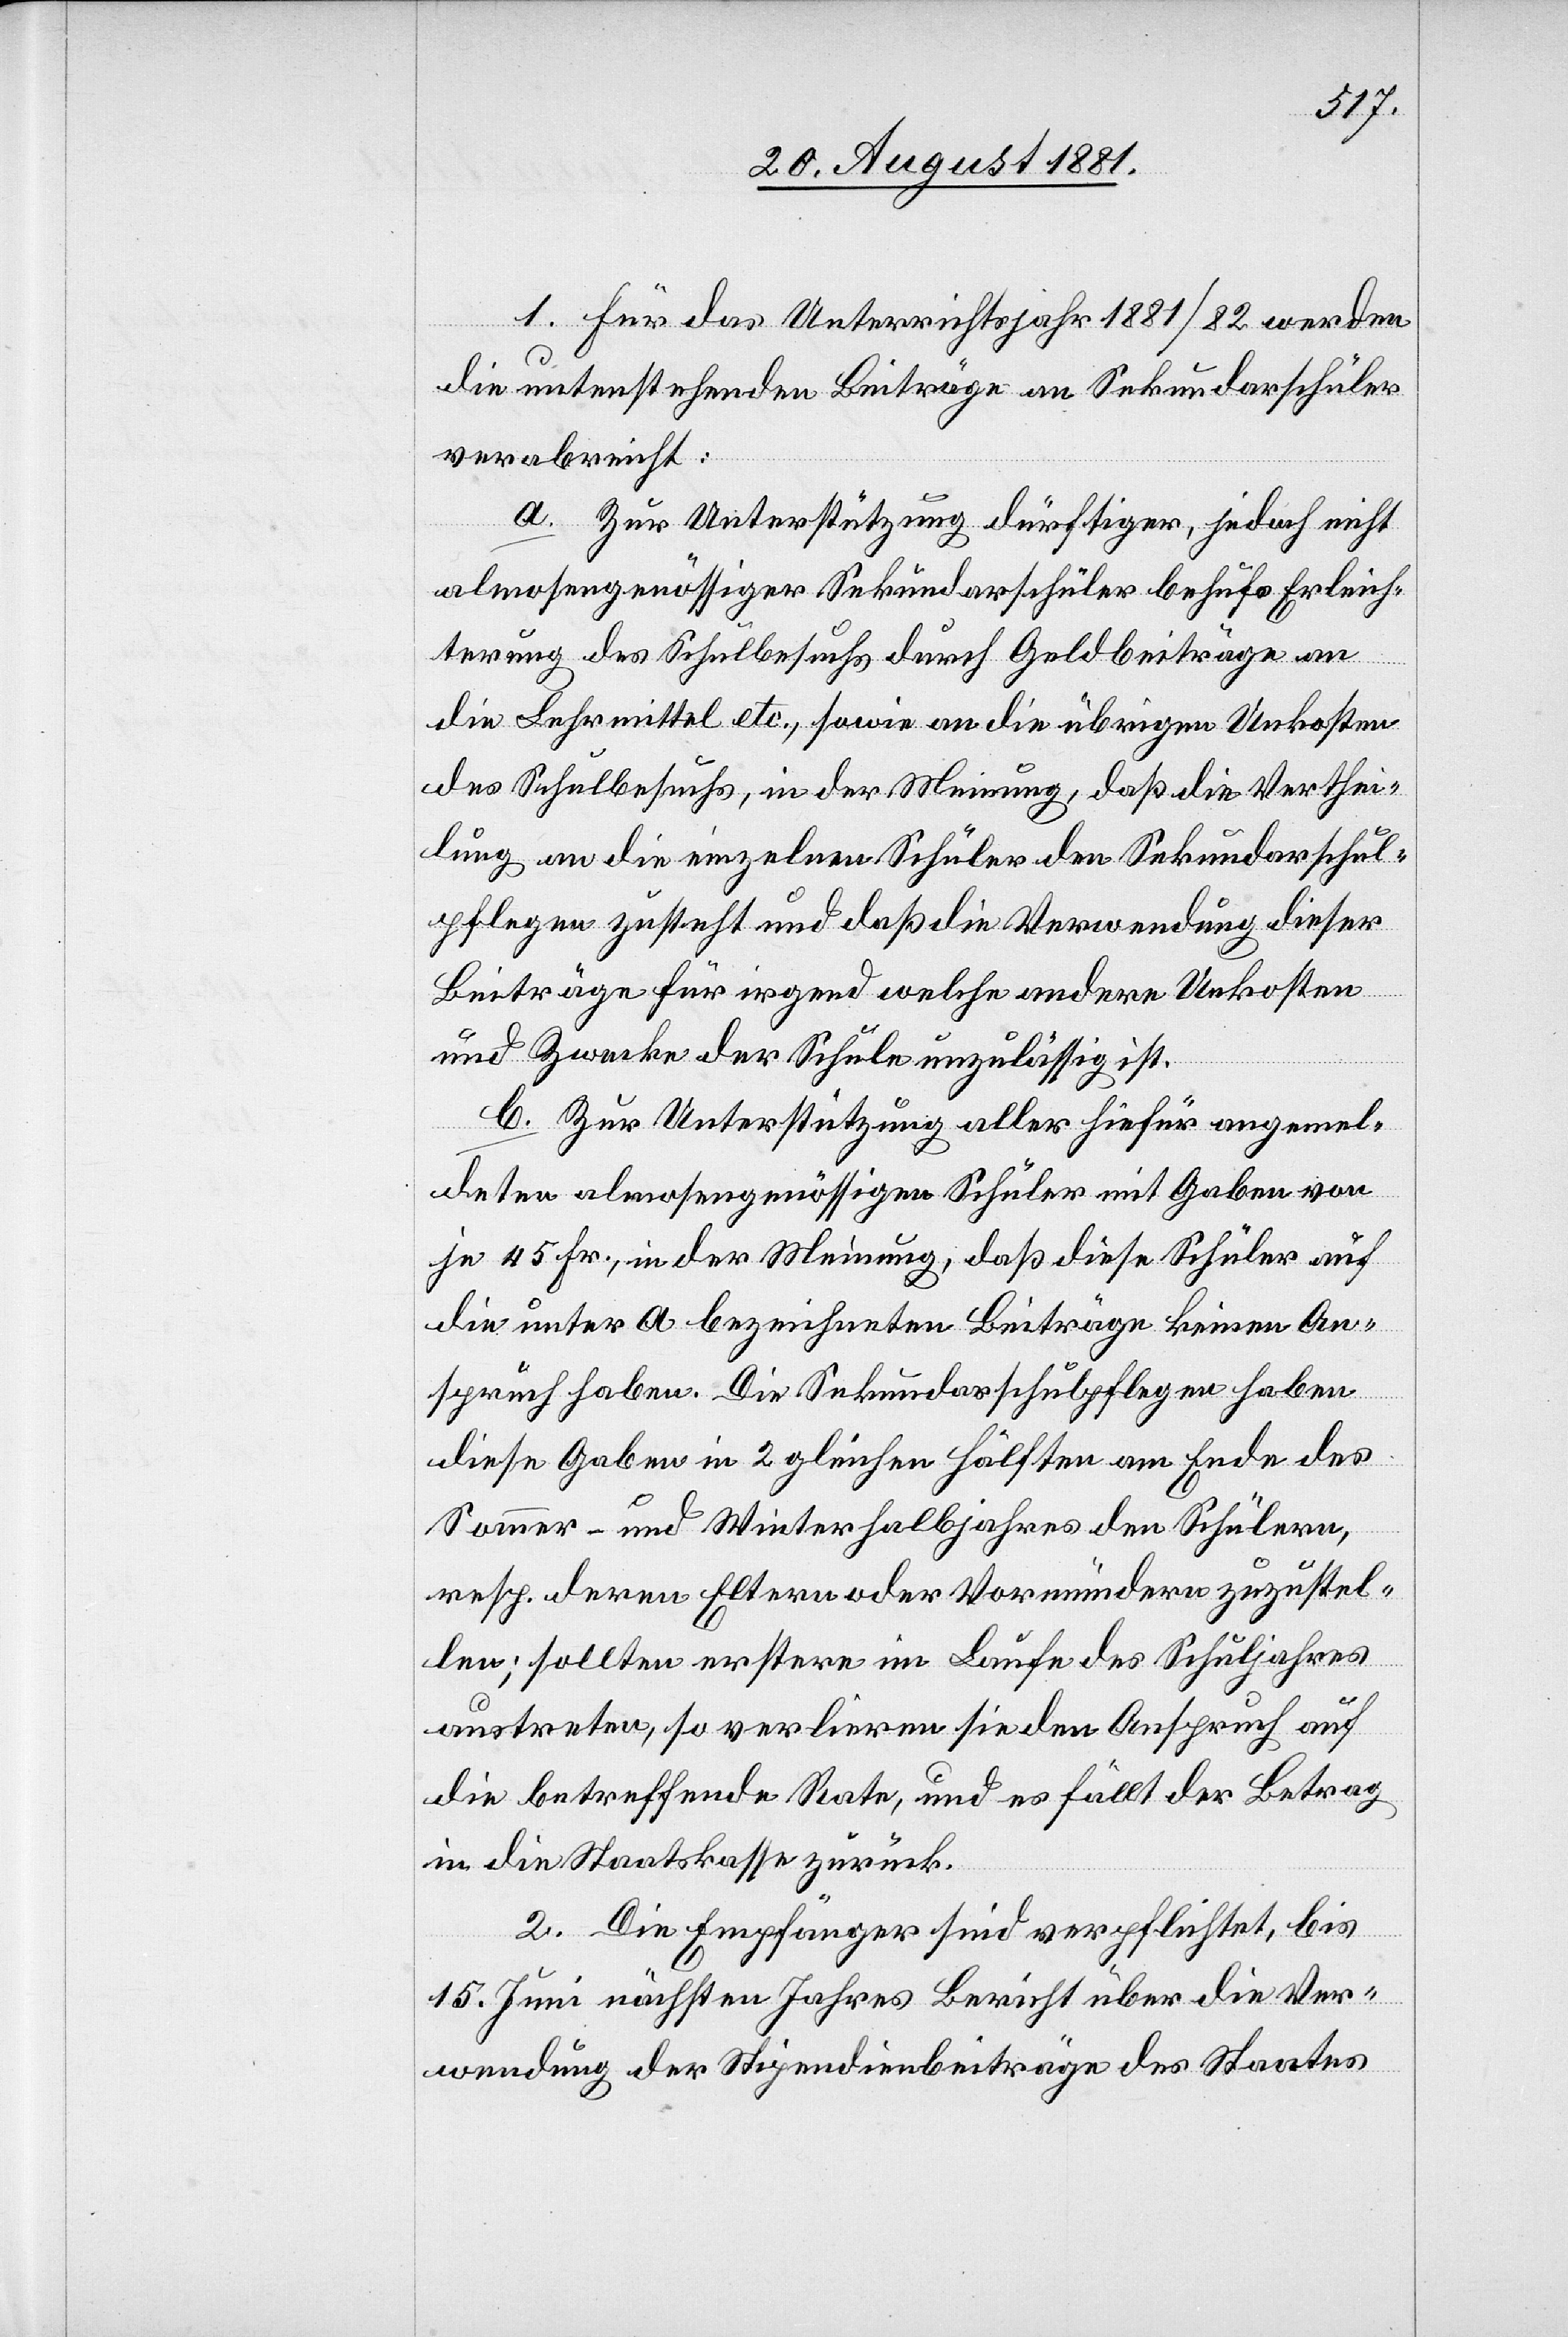
1. Für das Unterrichtsjahr 1881/82 werden
2.
die untenstehenden Beiträge an Sekundarschüler
verabreicht:
a. Zur Unterstützung dürftiger, jedoch nicht
almosengenössiger Sekundarschüler behufs Erleicht¬
sind]
des Schulbesuchs, in der Meinung, daß die Verthei¬
lung an die einzelnen Schüler den Sekundarschul¬
pflegen zusteht und daß die Verwendung dieser
Beiträge für irgend welche andern Unkosten
und Zwecke der Schule unzulässig ist.
b. Zur Unterstützung aller hiefür angemel¬
deten almosengenössigen Schüler mit Gaben von
je 45 Fr., in der Meinung, daß diese Schüler auf
die unter a bezeichneten Beiträge keinen An¬
spruch haben. Die Sekundarschulpflegen haben
diese Gaben in 2 gleichen Hälften am Ende des
Sommer- und Winterhalbjahres den Schülern,
resp. deren Eltern oder Vormündern zuzustel¬
len; sollten erstere im Laufe des Schuljahres
austreten, so verlieren sie den Anspruch auf
die betreffende Rate, und es fällt der Betrag
in die Staatskasse zurück.
15. Juni nächsten Jahres Bericht über die Ver¬
wendung der Stipendienbeiträge des Staates